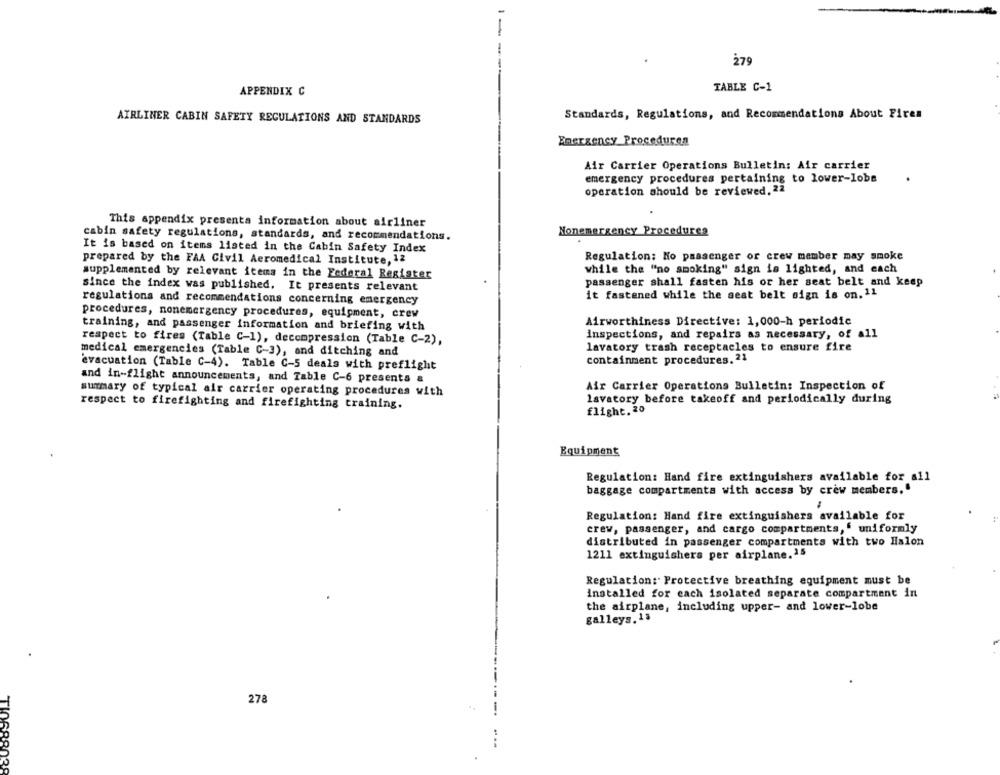
-
279
APPENDIX C
TABLE C-1
Standards, Regulations, and Recommendations About Fires
AIRLINER CABIN SAFETY REGULATIONS AND STANDARDS
Emergency Proceduren
Air Carrier Operations Bulletin: Air carrier
emergency procedures pertaining to lower-lobe
operation should be reviewed, 22
This appendix presenta information about airliner
Nonemergency Procedures
cabin safety regulations, standards, and recommendations.
It is based on items listed in the Cabin Safety Index
Regulation; No passenger or crew member may smoke
prepared by the FAA Civil Aeromedical Institute, 12
while the "no smoking" sign is lighted, and each
supplemented by relevant items in the Federal Register
since the index was published. It presents relevant
passenger shall fasten his or her seat belt and keep
it fastened while the seat belt sign is on. 11
regulations and recommendations concerning emergency
procedures, nonemergency procedures, equipment, crew
Airworthiness Directive: 1,000-h periodic
training, and passenger information and briefing with
respect to fires (Table C-1), decompression (Table C-2),
inspections, and repairs as necessary, of all
lavatory trash receptacles to ensure fire
medical emergencies (Table C-3), and ditching and
containment procedures. 21
evacuation (Table C-4). Table C-5 deals with preflight
and in-flight announcements, and Table C-6 presents &
Air Carrier Operations Bulletin: Inspection of
summary of typical air carrier operating procedures with
lavatory before takeoff and periodically during
respect to firefighting and firefighting training.
flight.20
Equipment
Regulation: Hand fire extinguishers available for all
baggage compartments with access by crew members."
Regulation: Hand fire extinguishers available for
crew, passenger, and cargo compartments,' uniformly
distributed in passenger compartments with two Halon
1211 extinguishers per airplane.15
Regulation: Protective breathing equipment must be
installed for cach isolated separate compartment in
the airplane, including upper- and lower-lobe
galleys.13
278
TI068802